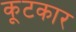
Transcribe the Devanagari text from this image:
कूटकार